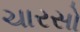
ચારસો